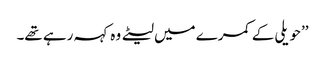
’’حویلی کے کمرے میں لیٹے وہ کہہ رہے تھے۔